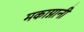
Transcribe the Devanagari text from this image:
मकाग्नानी